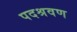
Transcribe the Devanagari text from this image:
पदश्रवण